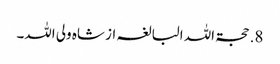
8. حجۃ اللہ البالغہ از شاہ ولی اللہ۔